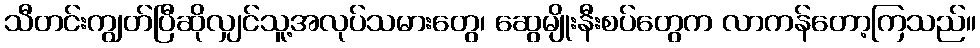
သီတင်းကျွတ်ပြီဆိုလျှင်သူ့အလုပ်သမားတွေ၊ ဆွေမျိုးနီးစပ်တွေက လာကန်တော့ကြသည်။